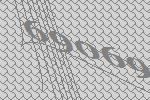
69069